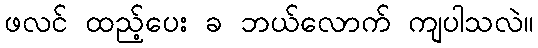
ဖလင် ထည့်ပေး ခ ဘယ်လောက် ကျပါသလဲ။